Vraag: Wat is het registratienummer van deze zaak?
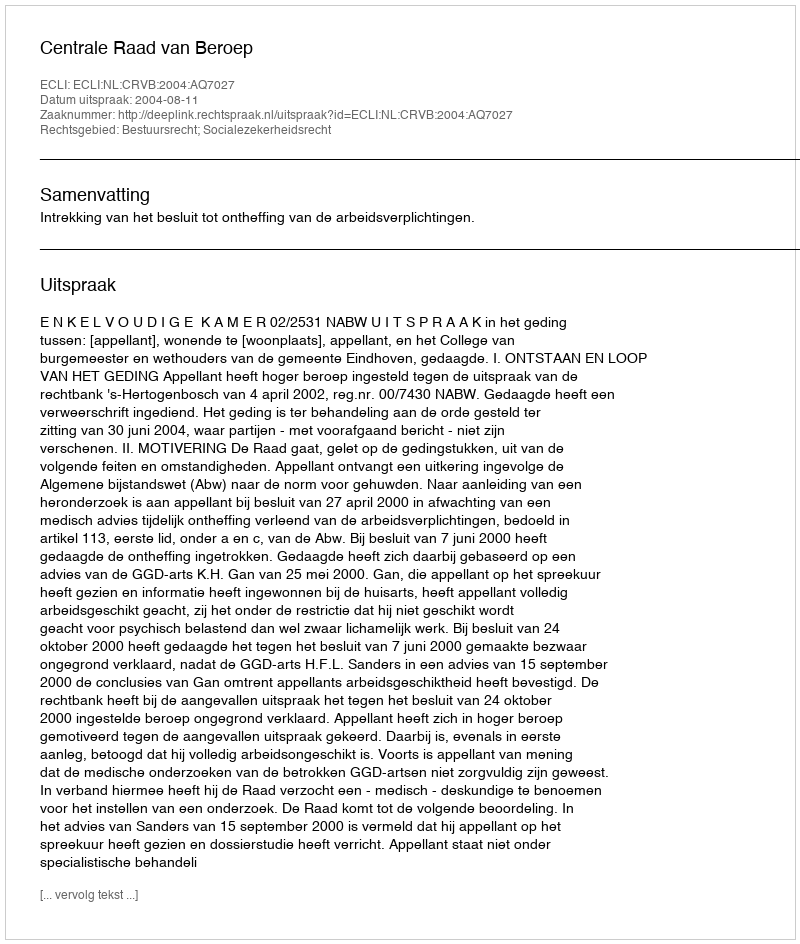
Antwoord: http://deeplink.rechtspraak.nl/uitspraak?id=ECLI:NL:CRVB:2004:AQ7027